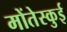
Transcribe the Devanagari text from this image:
मोंतेस्कुई